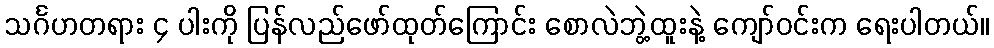
သင်္ဂဟတရား ၄ ပါးကို ပြန်လည်ဖော်ထုတ်ကြောင်း စောလဲဘွဲ့ထူးနဲ့ ကျော်ဝင်းက ရေးပါတယ်။